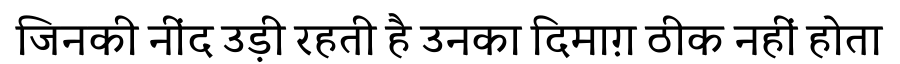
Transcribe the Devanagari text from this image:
जिनकी नींद उड़ी रहती है उनका दिमाग़ ठीक नहीं होता